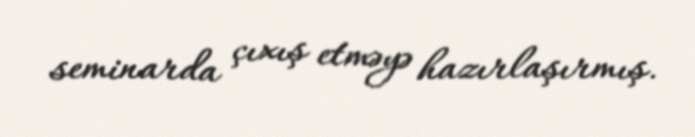
seminarda çıxış etməyə hazırlaşırmış.